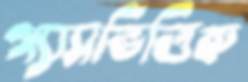
গ্যাসভিত্তিক